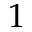
1